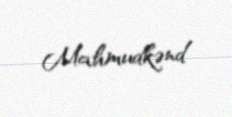
Mahmudkənd